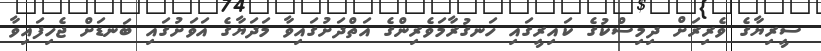
ސީރިޔާގެ ވެރިރަށް ދިމިސްކުގެ ކައިރީގައި ހަނގުރާމަވެރިންގެ އަތްދަށުގައިވާ މަދަޔާގެ އަވަށުގައި ބަނޑަށް ޖެހިފައިވާ